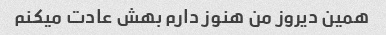
همین دیروز من هنوز دارم بهش عادت میکنم